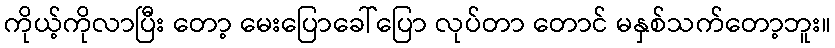
ကိုယ့်ကိုလာပြီး တော့ မေးပြောခေါ်ပြော လုပ်တာ တောင် မနှစ်သက်တော့ဘူး။